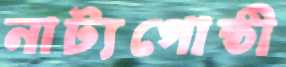
নাট্যগোষ্ঠী